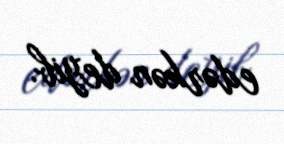
edərkən deyib.